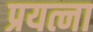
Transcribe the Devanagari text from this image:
प्रयत्ना